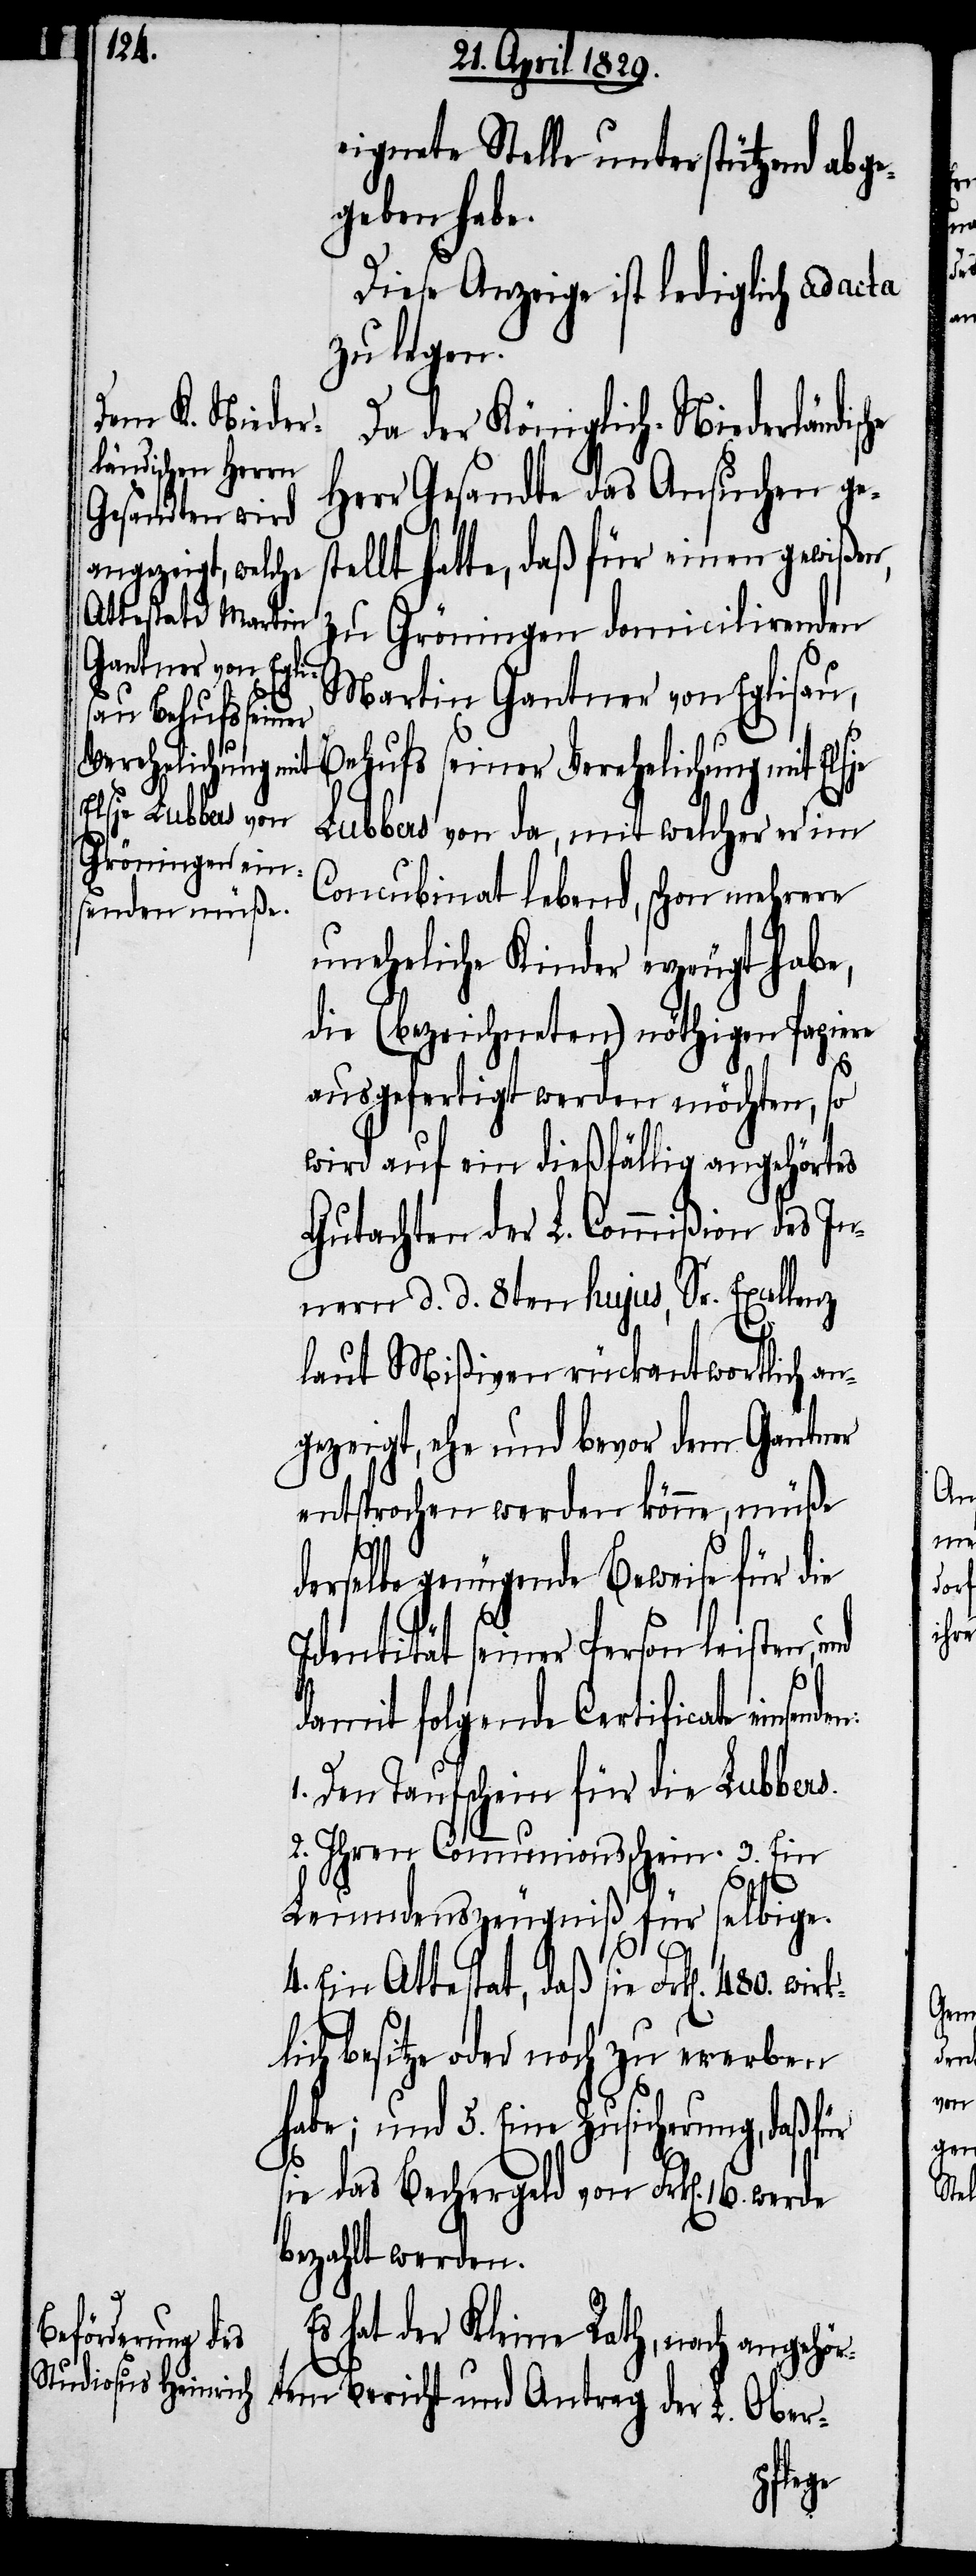
neigte Stelle unterstützend abge¬
geben habe.
Diese Anzeige ist lediglich ad acta
zu legen.
Da der Königlich-Niederländis¬
Herr Gesandte das Ansuchen ge¬
hatte, daß für einen gewißen,
Attestat, daß
zu Gröningen domicilirenden
Martin Gantner von Eglisau,
Verehelichung
Lubbers von da, mit welcher er im
Concubinat lebend, schon mehrere
uneheliche Kinder erzeugt habe,
die (bezeichneten) nöthigen Papiere
ausgefertigt werden möchten, so
wird auf ein dießfällig angehörtes
Gutachten der L. Commißion des In¬
nern d. d. 8ten hujus, Sr. Excellenz
laut Mißiven rückantwortlich an¬
gezeigt, ehe und bevor dem Gantner
entsprochen werde könne, müße
derselbe genügende Beweise für die
Identität seiner Person leisten,
damit folgende Certificate einse¬
1. Den Taufschein für die Lubbers.
2. Ihren Communionsschein. 3. Ein
lich besitze oder noch zu erwerben
habe; und 5. Eine Zusicherung, daß
sie das Bechergeld von Frk[en]. 16. werde
bezahlt werden.
Es hat der Kleine Rath, nach angehö¬
rtem Bericht und Antrag der L. Ober-
wirk¬

480.